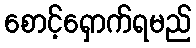
စောင့်ရှောက်ရမည်